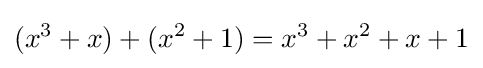
(x^{3}+x)+(x^{2}+1)=x^{3}+x^{2}+x+1